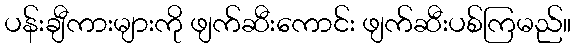
ပန်းချီကားများကို ဖျက်ဆီးကောင်း ဖျက်ဆီးပစ်ကြမည်။